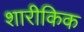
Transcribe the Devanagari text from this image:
शारीकिक